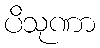
ပိသုဏာ